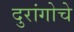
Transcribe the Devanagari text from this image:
दुरांगोचे